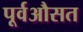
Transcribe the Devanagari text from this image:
पूर्वऔसत